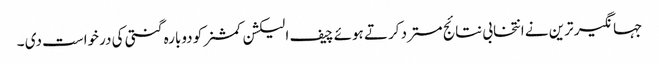
جہانگیر ترین نے انتخابی نتائج مسترد کرتے ہوئے چیف الیکشن کمشنر کو دوبارہ گنتی کی درخواست دی ۔